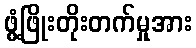
ဖွံ့ဖြိုးတိုးတက်မှုအား